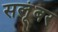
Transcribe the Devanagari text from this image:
सलूंबर